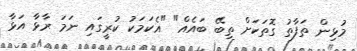
މުޅިން ތަފާތު ގޮތަކަށް ތިބޭ ބައެއް" "އެކަމަކު ކުރީގައި ނަމަ ރާޅާ އަޅާ